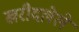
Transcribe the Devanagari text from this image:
खरीदलेले